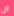
ان